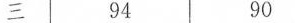
三 94 90